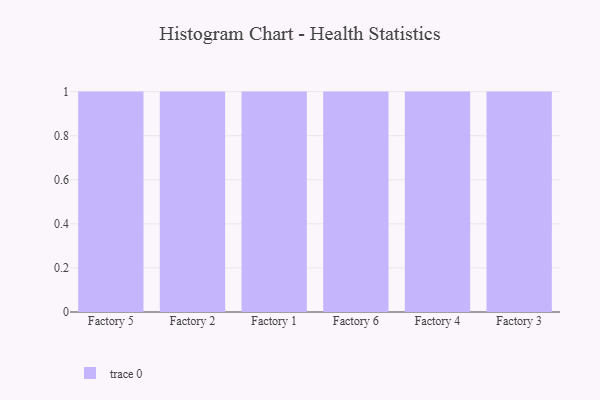
{"axis": {"x": "Factory", "y": "Headcount"}, "legend": [""], "data": [{"x": "Factory 5", "y": 41, "type": ""}, {"x": "Factory 2", "y": 36, "type": ""}, {"x": "Factory 1", "y": 7, "type": ""}, {"x": "Factory 6", "y": 85, "type": ""}, {"x": "Factory 4", "y": 50, "type": ""}, {"x": "Factory 3", "y": 32, "type": ""}]}